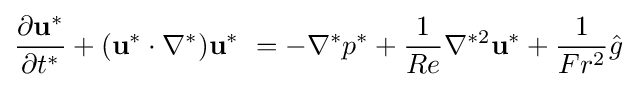
{\frac {\partial \mathbf {u^{*}} }{\partial t^{*}}}+(\mathbf {u^{*}} \cdot \nabla ^{*})\mathbf {u^{*}} \ =-\nabla ^{*}p^{*}+{\frac {1}{Re}}\nabla ^{*2}\mathbf {u^{*}} +{\frac {1}{Fr^{2}}}{\hat {g}}